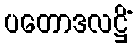
ပတောဒလဋ္ဌိံ